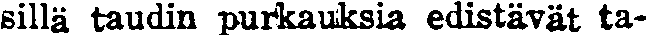
sillä taudin purkauksia edistävät ta-